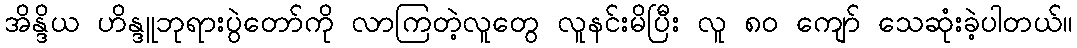
အိန္ဒိယ ဟိန္ဒူဘုရားပွဲတော်ကို လာကြတဲ့လူတွေ လူနင်းမိပြီး လူ ၈၀ ကျော် သေဆုံးခဲ့ပါတယ်။